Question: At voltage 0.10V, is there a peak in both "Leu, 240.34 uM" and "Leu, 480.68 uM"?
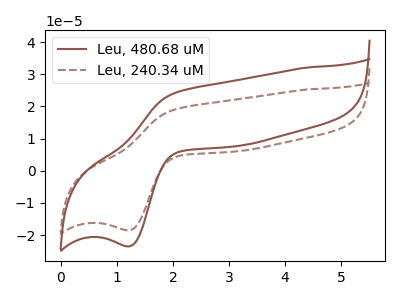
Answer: <think>The brown curve "Leu, 480.68 uM" has an anodic peak at (2.05V, 24.25uA) and a cathodic peak at (1.25V, -23.50uA). The brown dashed curve "Leu, 240.34 uM" has an anodic peak at (2.05V, 19.10uA) and a cathodic peak at (1.25V, -18.50uA).</think>
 <answer>No, "Leu, 240.34 uM" and "Leu, 480.68 uM" dont share a peak at 0.10V.</answer>
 <eval>mismatch</eval>